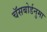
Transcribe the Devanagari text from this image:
चॅसबोर्डनुमा